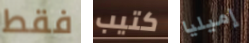
فقط كتيب إميليا